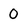
Character: 0